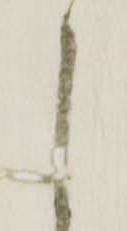
し